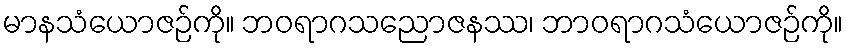
မာနသံယောဇဉ်ကို။ ဘဝရာဂသညောဇနဿ၊ ဘာဝရာဂသံယောဇဉ်ကို။